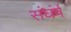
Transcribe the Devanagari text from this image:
संघंर्ष